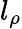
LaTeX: l_{\rho}